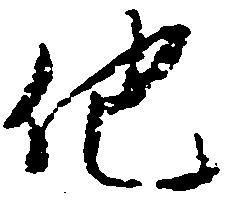
他